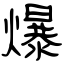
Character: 爆